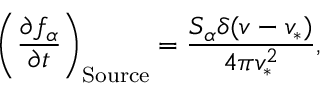
\left( \ensuremath { \frac { \partial f _ { \alpha } } { \partial t } } \right) _ { \mathrm { S o u r c e } } = \frac { S _ { \alpha } \delta ( v - v _ { * } ) } { 4 \pi v _ { * } ^ { 2 } } ,